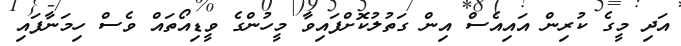
އަދި މީގެ ކުރިން އައިއެސް އިން ގަތުލުކޮށްފައިވާ މީހުންގެ ވީޑިއޯތައް ވެސް ހިމަނާފައި